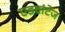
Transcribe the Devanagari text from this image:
एडवांटेंज